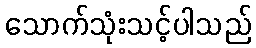
သောက်သုံးသင့်ပါသည်